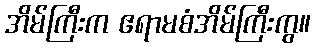
အိမ်ကြီးက ဧရာမစံအိမ်ကြီးကွ။